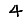
Digit: 4